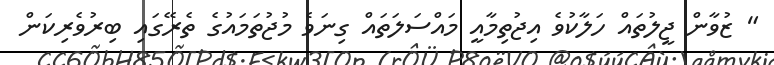
" ޒުވާން ޖީލުތައް ހަލާކުވެ އިޖުތިމާއީ މައްސަަލަތައް ގިނަވެ މުޖުތަމައުގެ ތެރޭގައި ބިރުވެރިކަން